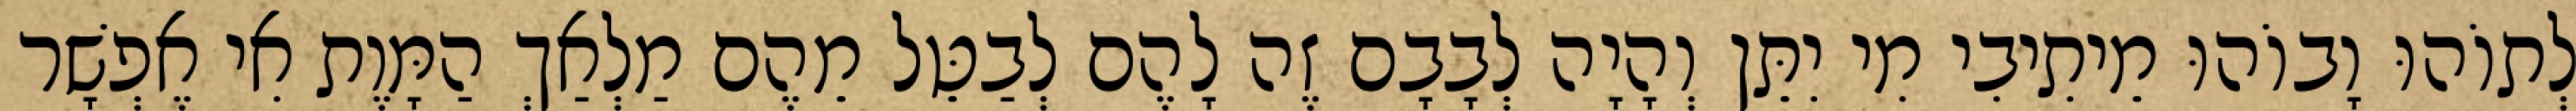
לְתוֹהוּ וָבוֹהוּ מֵיתִיבִי מִי יִתֵּן וְהָיָה לְבָבָם זֶה לָהֶם לְבַטֵּל מֵהֶם מַלְאַךְ הַמָּוֶת אִי אֶפְשָׁר